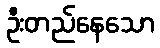
ဦးတည်နေသော